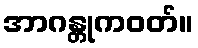
အာဂန္တုကဝတ်။